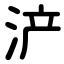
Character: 浐